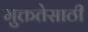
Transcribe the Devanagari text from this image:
मुक्ततेसाठी